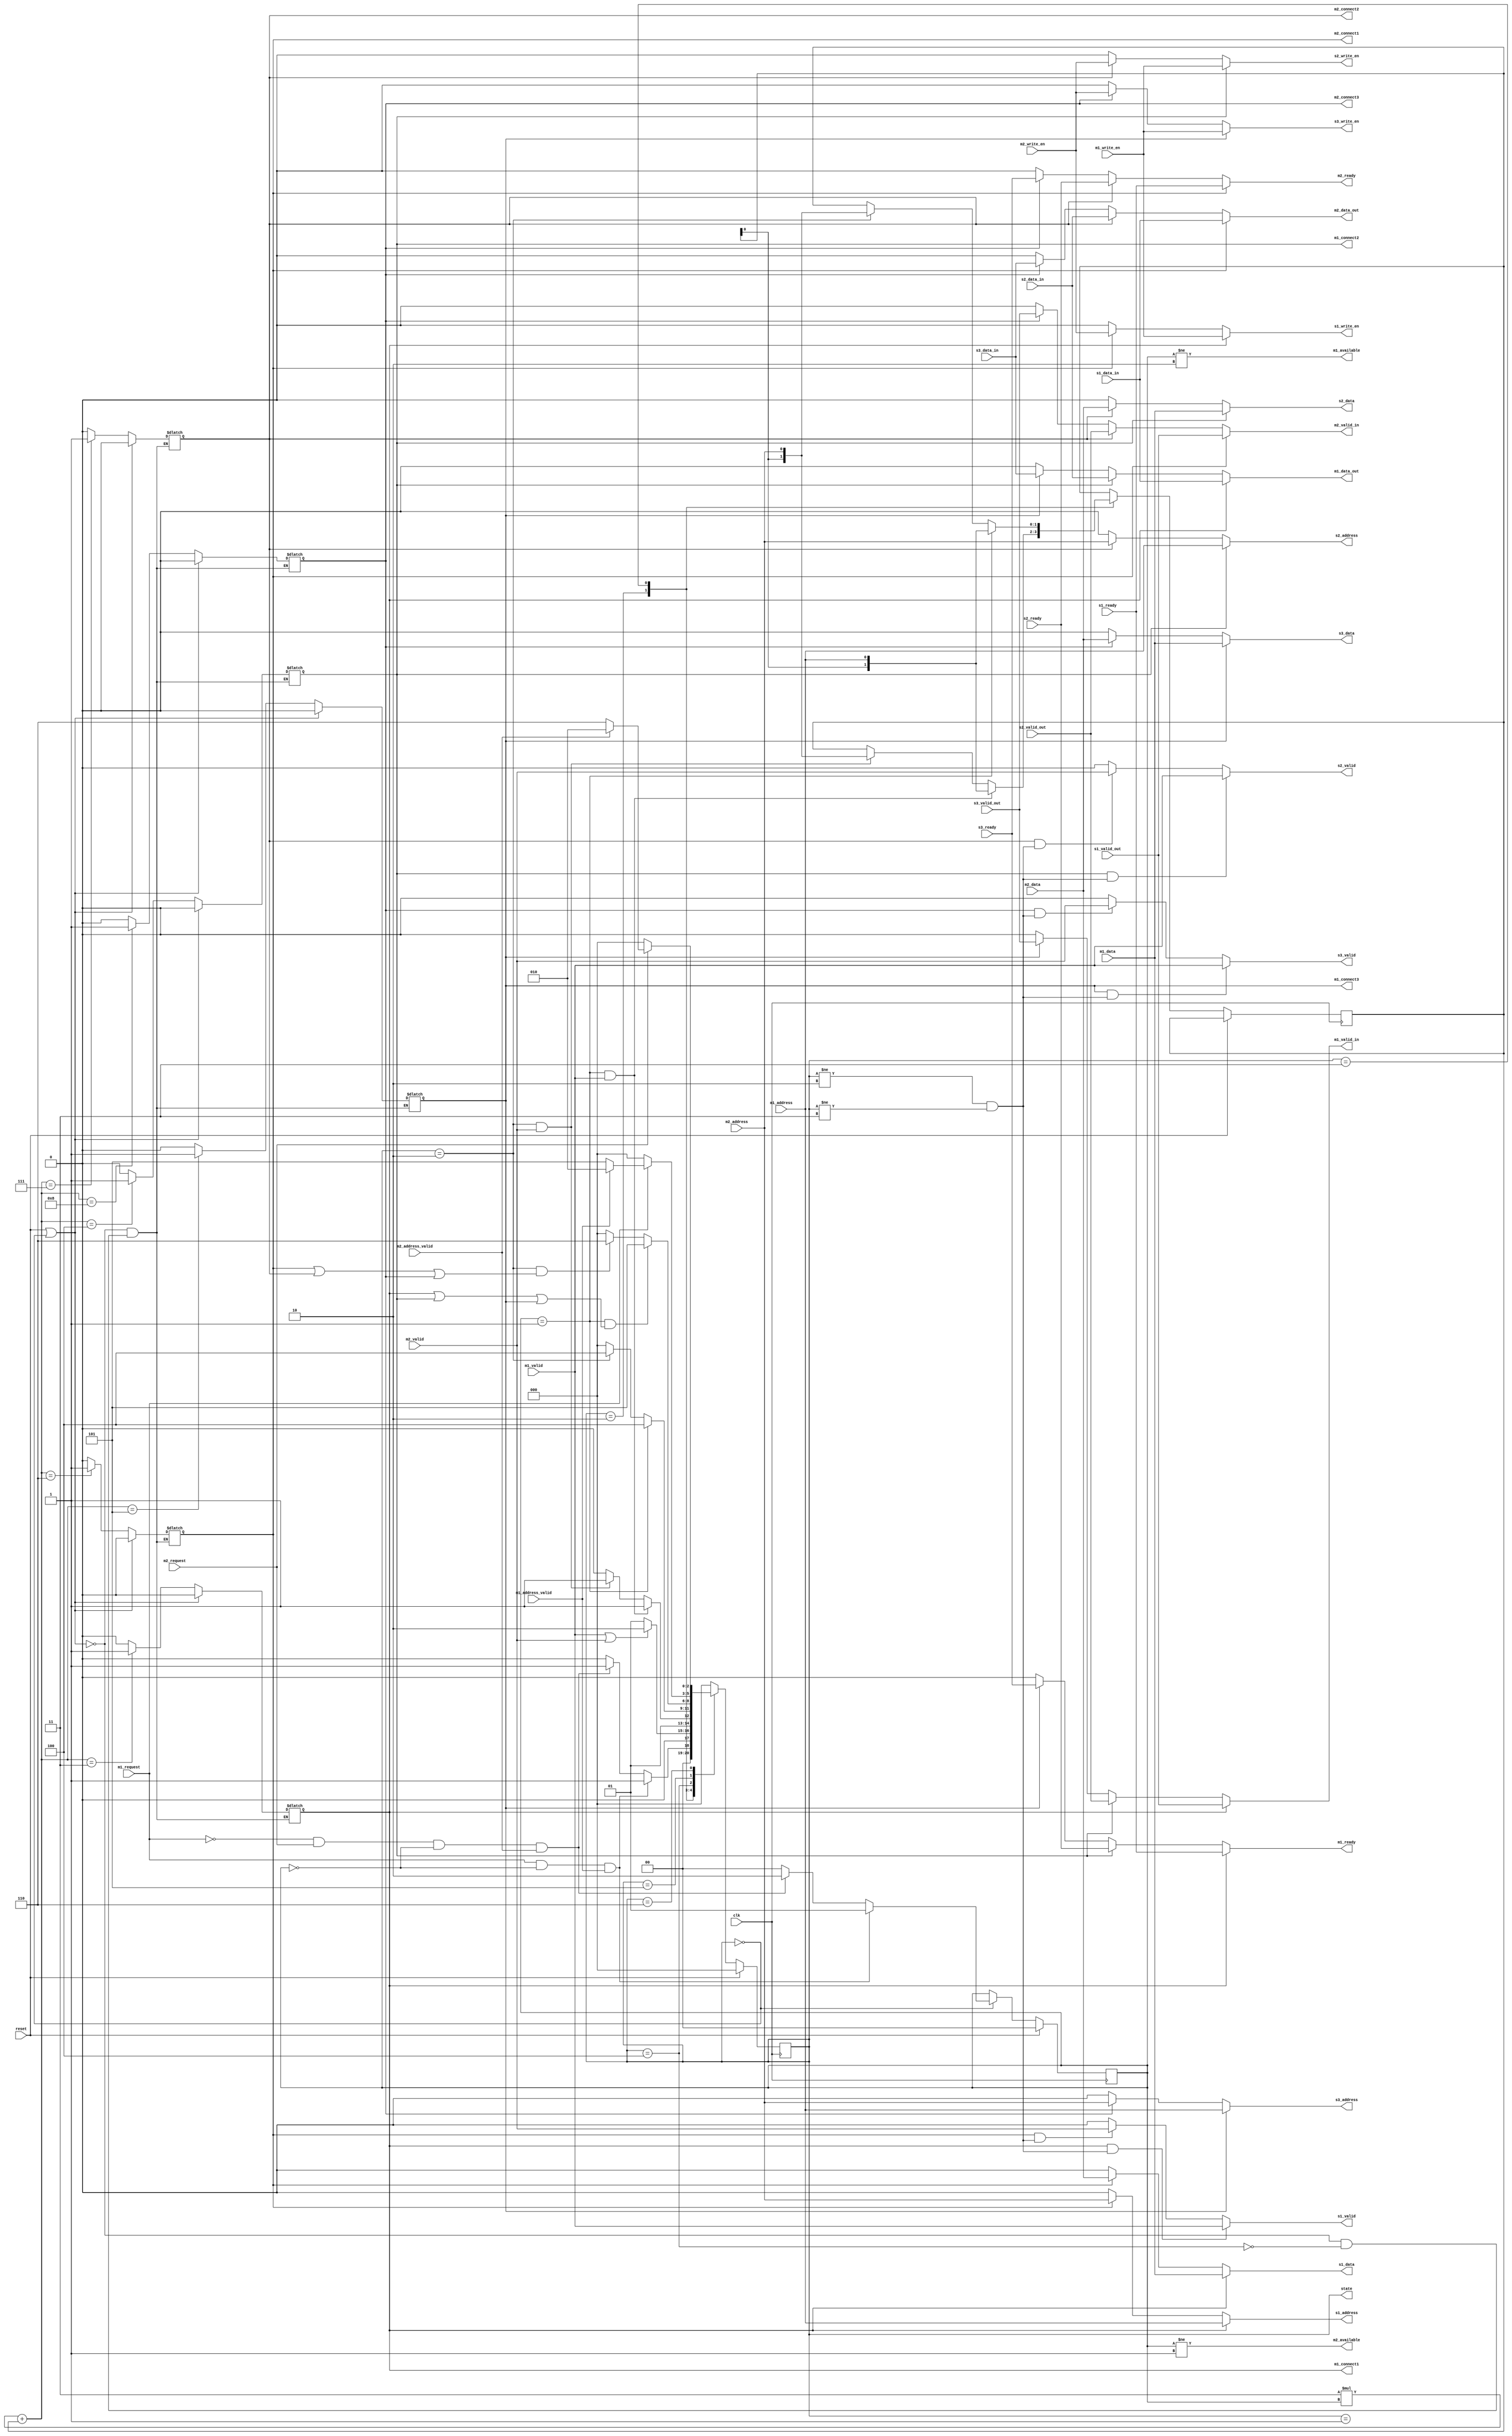
module arbiter(input clk, reset,
               input m1_request, m1_address, m1_data, m1_valid, m1_address_valid, m1_write_en,
                     m2_request, m2_address, m2_data, m2_valid, m2_address_valid, m2_write_en,
                     s1_data_in, s2_data_in, s3_data_in,
                     s1_ready, s2_ready, s3_ready,
                     s1_valid_out, s2_valid_out, s3_valid_out,
               output m1_data_out, m2_data_out,
                      m1_ready, m2_ready, m1_available, m2_available,
                      m1_valid_in, m2_valid_in,
                      s1_address, s1_data, s1_valid, s1_write_en,
                      s2_address, s2_data, s2_valid, s2_write_en,
                      s3_address, s3_data, s3_valid, s3_write_en,
               output reg [2:0] state,
               output reg m1_connect1, m1_connect2, m1_connect3,
               output reg m2_connect1, m2_connect2, m2_connect3);

    reg [1:0] address_buf;
    
    reg [1:0] connected_master;
    wire [3:0] connect_state;
    wire compare;

    /*
    Following registers were set as output for testing purposes. 
    */
    // reg [2:0] state;
    // reg m1_connect1, m1_connect2, m1_connect3;
    // reg m2_connect1, m2_connect2, m2_connect3;

    // parameters indicating the states of the arbiter

    parameter [2:0] idle = 3'd0;            // Bus is idle
    parameter [2:0] wait_address = 3'd1;    // Not used
    parameter [2:0] msb1 = 3'd2;            // Reading the first address bit
    parameter [2:0] msb2 = 3'd3;            // Reading the second address bit
    parameter [2:0] connect = 3'd4;         // Connecting the master to slave 
    parameter [2:0] busy_m1 = 3'd5;         // Master 1 is using the bus
    parameter [2:0] busy_m2 = 3'd6;         // Master 2 is using the bus

    // State machine

    always @(posedge clk) begin
        if (reset) begin
            connected_master <= 2'd0;
            state <= idle;    
        end  
        else
            case (state)
                idle: begin
                    if (m1_request && connected_master == 2'd0 && m1_address_valid) begin
                        connected_master <= 2'd1;
                        state <= wait_address;
                    end
                    else if (~m1_request && m2_request && connected_master == 2'd0 && m2_address_valid) begin
                        connected_master <= 2'd2;
                        state <= wait_address;
                    end
                    else begin
                        connected_master <= 2'd0;
                        state <= idle;
                    end  
                end 

                wait_address: begin
                    if ((m1_valid == 1'b1) || (m2_valid == 1'b1)) begin
                        state <= msb1;
                    end
                    else begin
                        state <= wait_address;
                    end
                end

                msb1: begin
                    if (connected_master == 2'd1 && m1_valid == 1'b1) begin
                        address_buf <= {address_buf[0], m1_address};
                        state <= msb2;
                    end 
                    else if (connected_master == 2'd2 && m2_valid == 1'b1) begin
                        address_buf <= {address_buf[0], m2_address};
                        state <= msb2;
                    end
                    else    state <= msb1;
                end

                msb2: begin
                    if (connected_master == 2'd1) begin
                        address_buf <= {address_buf[0], m1_address};
                        state <= connect;
                    end
                    else if (connected_master == 2'd2) begin
                        address_buf <= {address_buf[0], m2_address};
                        state <= connect; 
                    end
                    else    state <= idle;
                end
                
                connect: begin
                    if (connected_master == 2'd1 && (m1_connect1 || m1_connect2 || m1_connect3)) begin
                        state <= busy_m1;    
                    end
                    else if (connected_master == 2'd2 && (m2_connect1 || m2_connect2 || m2_connect3)) begin
                        state <= busy_m2;
                    end 
                    else    state <= idle;
                end

                busy_m1: begin
                    if (~m1_request) begin
                        state <= idle;
                    end  
                    else if (m1_address_valid) begin
                        state <= msb1;
                    end 
                    else    state <= busy_m1;
                end

                busy_m2: begin
                    if (~m2_request) begin
                        state <= idle;
                    end     
                    else if (m2_address_valid) begin
                        state <= msb1;
                    end   
                    else    state <= busy_m2;
                end

                default:    state <= idle;
            endcase
    end

    // Master to slave connection logic

    always @(*) begin
        if (reset || (state == idle)) begin
            m1_connect1 = 1'b0;
            m1_connect2 = 1'b0;
            m1_connect3 = 1'b0;
            m2_connect1 = 1'b0;
            m2_connect2 = 1'b0;
            m2_connect3 = 1'b0;
        end
        else if (compare)  begin
            case (connect_state)
                4'd3:   begin
                    m1_connect1 = 1'b1;
                    m1_connect2 = 1'b0;
                    m1_connect3 = 1'b0;
                    m2_connect1 = 1'b0;
                    m2_connect2 = 1'b0;
                    m2_connect3 = 1'b0;
                end

                4'd4:   begin
                    m1_connect1 = 1'b0;
                    m1_connect2 = 1'b1;
                    m1_connect3 = 1'b0;
                    m2_connect1 = 1'b0;
                    m2_connect2 = 1'b0;
                    m2_connect3 = 1'b0;
                end

                4'd5:   begin
                    m1_connect1 = 1'b0;
                    m1_connect2 = 1'b0;
                    m1_connect3 = 1'b1;
                    m2_connect1 = 1'b0;
                    m2_connect2 = 1'b0;
                    m2_connect3 = 1'b0;
                end

                4'd6:   begin
                    m1_connect1 = 1'b0;
                    m1_connect2 = 1'b0;
                    m1_connect3 = 1'b0;
                    m2_connect1 = 1'b1;
                    m2_connect2 = 1'b0;
                    m2_connect3 = 1'b0;
                end

                4'd7:   begin
                    m1_connect1 = 1'b0;
                    m1_connect2 = 1'b0;
                    m1_connect3 = 1'b0;
                    m2_connect1 = 1'b0;
                    m2_connect2 = 1'b1;
                    m2_connect3 = 1'b0;
                end

                4'd8:   begin
                    m1_connect1 = 1'b0;
                    m1_connect2 = 1'b0;
                    m1_connect3 = 1'b0;
                    m2_connect1 = 1'b0;
                    m2_connect2 = 1'b0;
                    m2_connect3 = 1'b1;
                end

                default:    begin
                    m1_connect1 = 1'b0;
                    m1_connect2 = 1'b0;
                    m1_connect3 = 1'b0;
                    m2_connect1 = 1'b0;
                    m2_connect2 = 1'b0;
                    m2_connect3 = 1'b0;
                end
            endcase 
        end
        else    begin
            m1_connect1 = m1_connect1;
            m1_connect2 = m1_connect2;
            m1_connect3 = m1_connect3;
            m2_connect1 = m2_connect1;
            m2_connect2 = m2_connect2;
            m2_connect3 = m2_connect3;
        end
    end

    // Assignments

    assign compare = (state == connect);

    assign connect_state = (4'd3 * connected_master) + address_buf;

    assign m1_available = (connected_master != 2'd2);
    assign m2_available = (connected_master != 2'd1);
    // assign m1_available = ~(~m1_request && m2_request && connected_master == 2'd0);
    // assign m2_available = ~(m1_request && connected_master == 2'd0);

    assign s1_address = (m1_connect1) ? m1_address : (m2_connect1) ? m2_address : 1'b0;
    assign s1_data = (m1_connect1) ? m1_data : (m2_connect1) ? m2_data : 1'b0;
    assign s1_valid = (m1_connect1 && (state != msb1 && state != msb2)) ? m1_valid : (m2_connect1 && (state != msb1 && state != msb2)) ? m2_valid : 1'b0;
    assign s1_write_en = (m1_connect1) ? m1_write_en : (m2_connect1) ? m2_write_en : 1'b0;

    assign s2_address = (m1_connect2) ? m1_address : (m2_connect2) ? m2_address : 1'b0;
    assign s2_data = (m1_connect2) ? m1_data : (m2_connect2) ? m2_data : 1'b0;
    assign s2_valid = (m1_connect2 && (state != msb1 && state != msb2)) ? m1_valid : (m2_connect2 && (state != msb1 && state != msb2)) ? m2_valid : 1'b0;
    assign s2_write_en = (m1_connect2) ? m1_write_en : (m2_connect2) ? m2_write_en : 1'b0;

    assign s3_address = (m1_connect3) ? m1_address : (m2_connect3) ? m2_address : 1'b0;
    assign s3_data = (m1_connect3) ? m1_data : (m2_connect3) ? m2_data : 1'b0;
    assign s3_valid = (m1_connect3 && (state != msb1 && state != msb2)) ? m1_valid : (m2_connect3 && (state != msb1 && state != msb2)) ? m2_valid : 1'b0;
    assign s3_write_en = (m1_connect3) ? m1_write_en : (m2_connect3) ? m2_write_en : 1'b0;

    assign m1_ready = (m1_connect1) ? s1_ready : (m1_connect2) ? s2_ready : (m1_connect3) ? s3_ready: 1'b0;
    assign m2_ready = (m2_connect1) ? s1_ready : (m2_connect2) ? s2_ready : (m2_connect3) ? s3_ready: 1'b0;

    assign m1_data_out = (m1_connect1) ? s1_data_in : (m1_connect2) ? s2_data_in : (m1_connect3) ? s3_data_in: 1'b0;
    assign m2_data_out = (m2_connect1) ? s1_data_in : (m2_connect2) ? s2_data_in : (m2_connect3) ? s3_data_in: 1'b0;

    assign m1_valid_in = (m1_connect1) ? s1_valid_out : (m1_connect2) ? s2_valid_out : (m1_connect3) ? s3_valid_out: 1'b0;
    assign m2_valid_in = (m2_connect1) ? s1_valid_out : (m2_connect2) ? s2_valid_out : (m2_connect3) ? s3_valid_out: 1'b0;

endmodule //arbiter